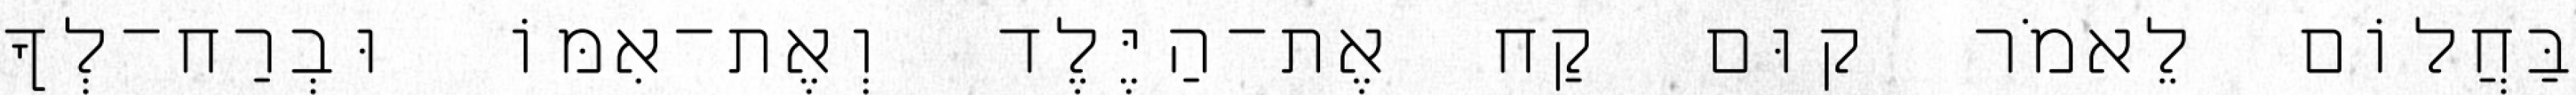
בַּחֲלוֹם לֵאמֹר קוּם קַח אֶת־הַיֶּלֶד וְאֶת־אִמּוֹ וּבְרַח־לְךָ